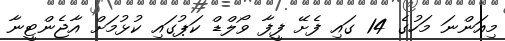
މިއަންނަ މަހުގެ 14 ގައި ފެށޭ ފީފާ ވޯލްޑް ކަޕުގައި ކުޅުމަށް އާޖެންޓީނާ